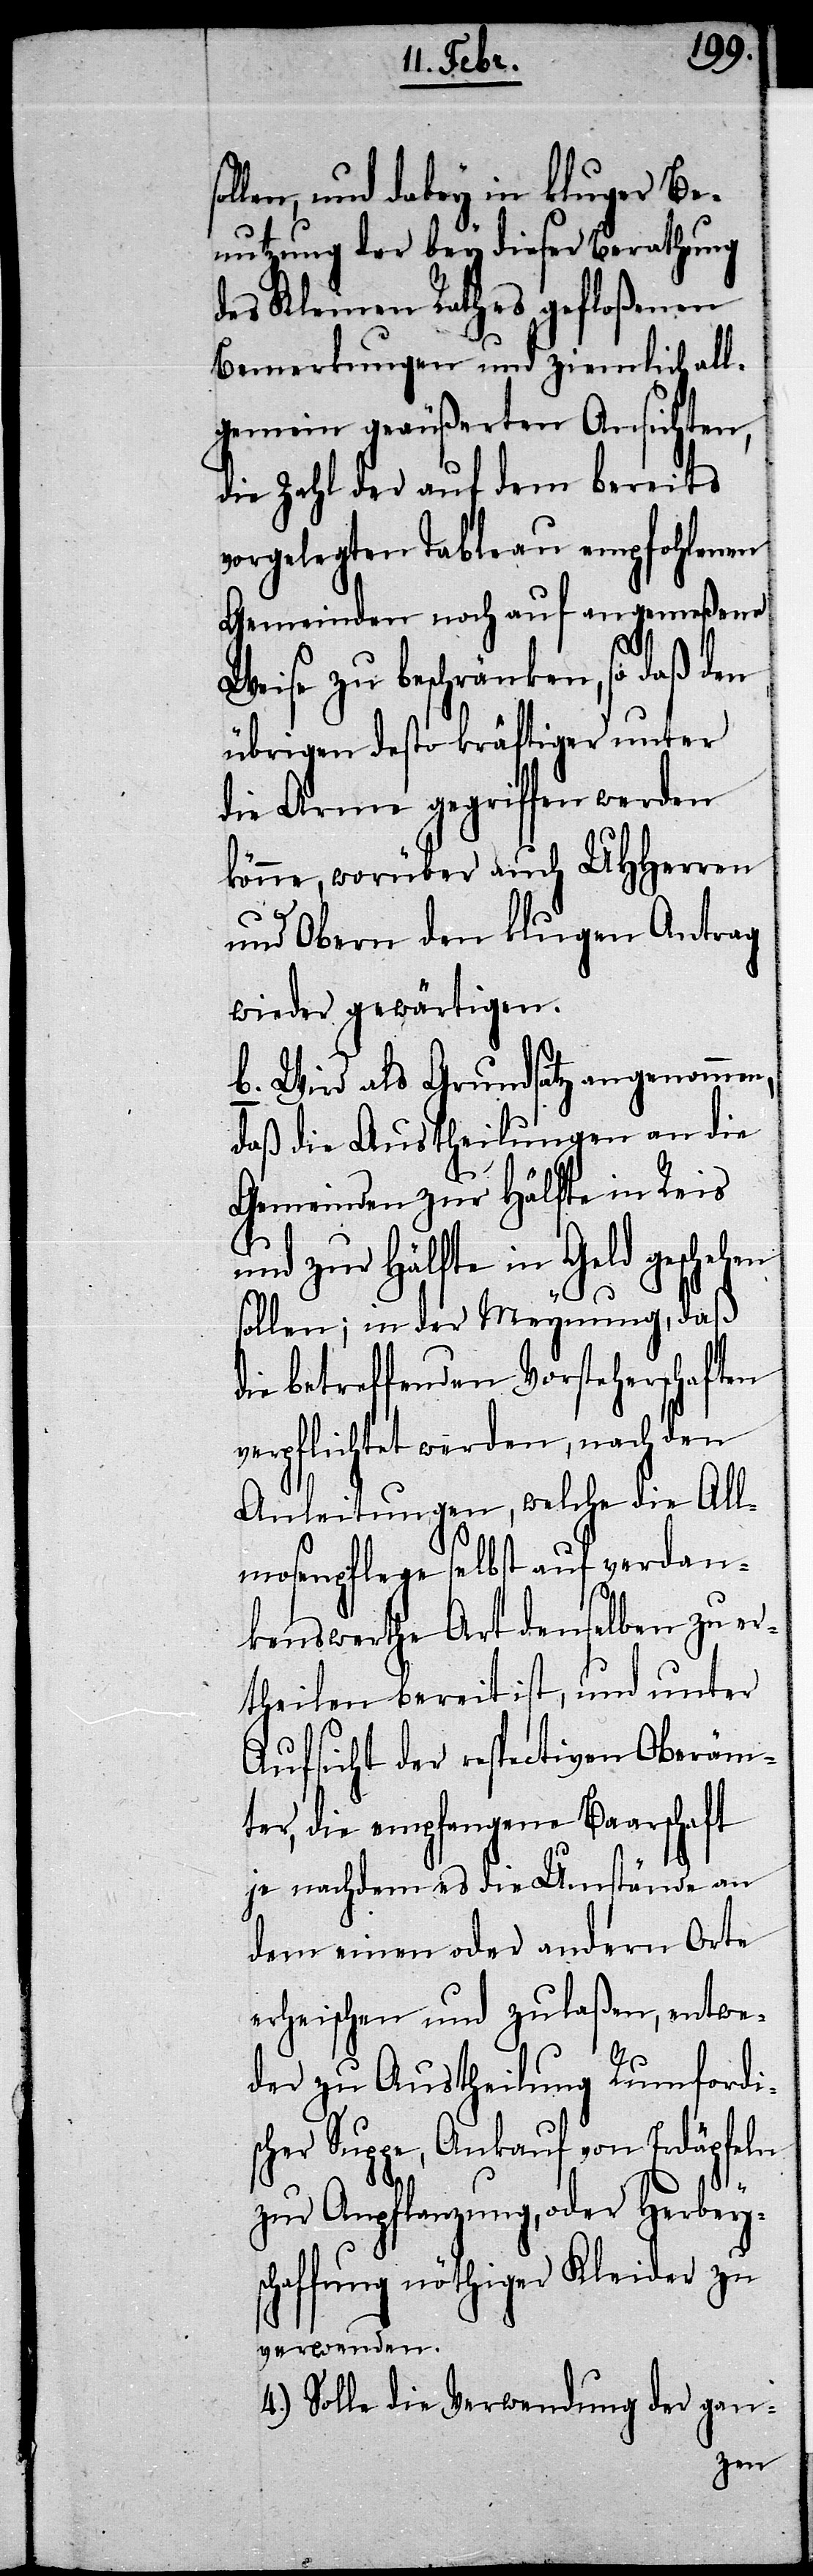
llen, und dabey in kluger Be¬
nutzung der bey dieser Berathung
des Kleinen Rathes gefloßenen
Bemerkungen und ziemlich all¬
gemein geäußerten Ansichten,
die Zahl der auf dem bereits
vorgelegten Tableau empfohlenen
Gemeinden noch auf angemeßene
Weise zu beschränken, so daß den
übrigen desto kräftiger unter
die Arme gegriffen werden
könne, worüber auch UHHerren
und Obern den klugen Antrag
wieder gewärtigen.
b. Wird als Grundsatz angenommen,
daß die Austheilungen an die
Gemeinden zur Hälfte in Reis
und zur Hälfte in Geld geschehen
sollen; in der Meynung, daß
die betreffenden Vorsteherschaften
verpflichtet werden, nach den
Anleitungen, welche die All¬
mosenpflege selbst auf verdan¬
kenswerthe Art denselben zu er¬
theilen bereit ist, und unter
Aufsicht der respectiven Oberäm¬
ter, die empfangene Baarschaft
je nachdem es die Umstände an
dem einen oder andern Orte
erheischen und zulaßen, entwe¬
der zu Austheilung Rumfordi¬
scher Suppe, Ankauf von Erdäpfeln
zur Anpflanzung, oder Herbeys¬
chaffung nöthiger Kleider zu
verwenden.
4.) Solle die Verwendung der gan-
so¬